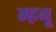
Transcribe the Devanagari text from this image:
म्हनू